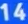
1434